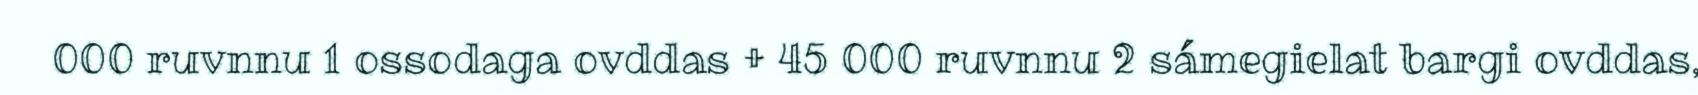
000 ruvnnu 1 ossodaga ovddas + 45 000 ruvnnu 2 sámegielat bargi ovddas,